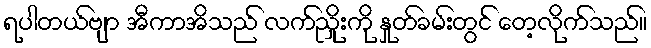
ရပါတယ်ဗျာ အီကာအိသည် လက်ညှိုးကို နှုတ်ခမ်းတွင် တေ့လိုက်သည်။